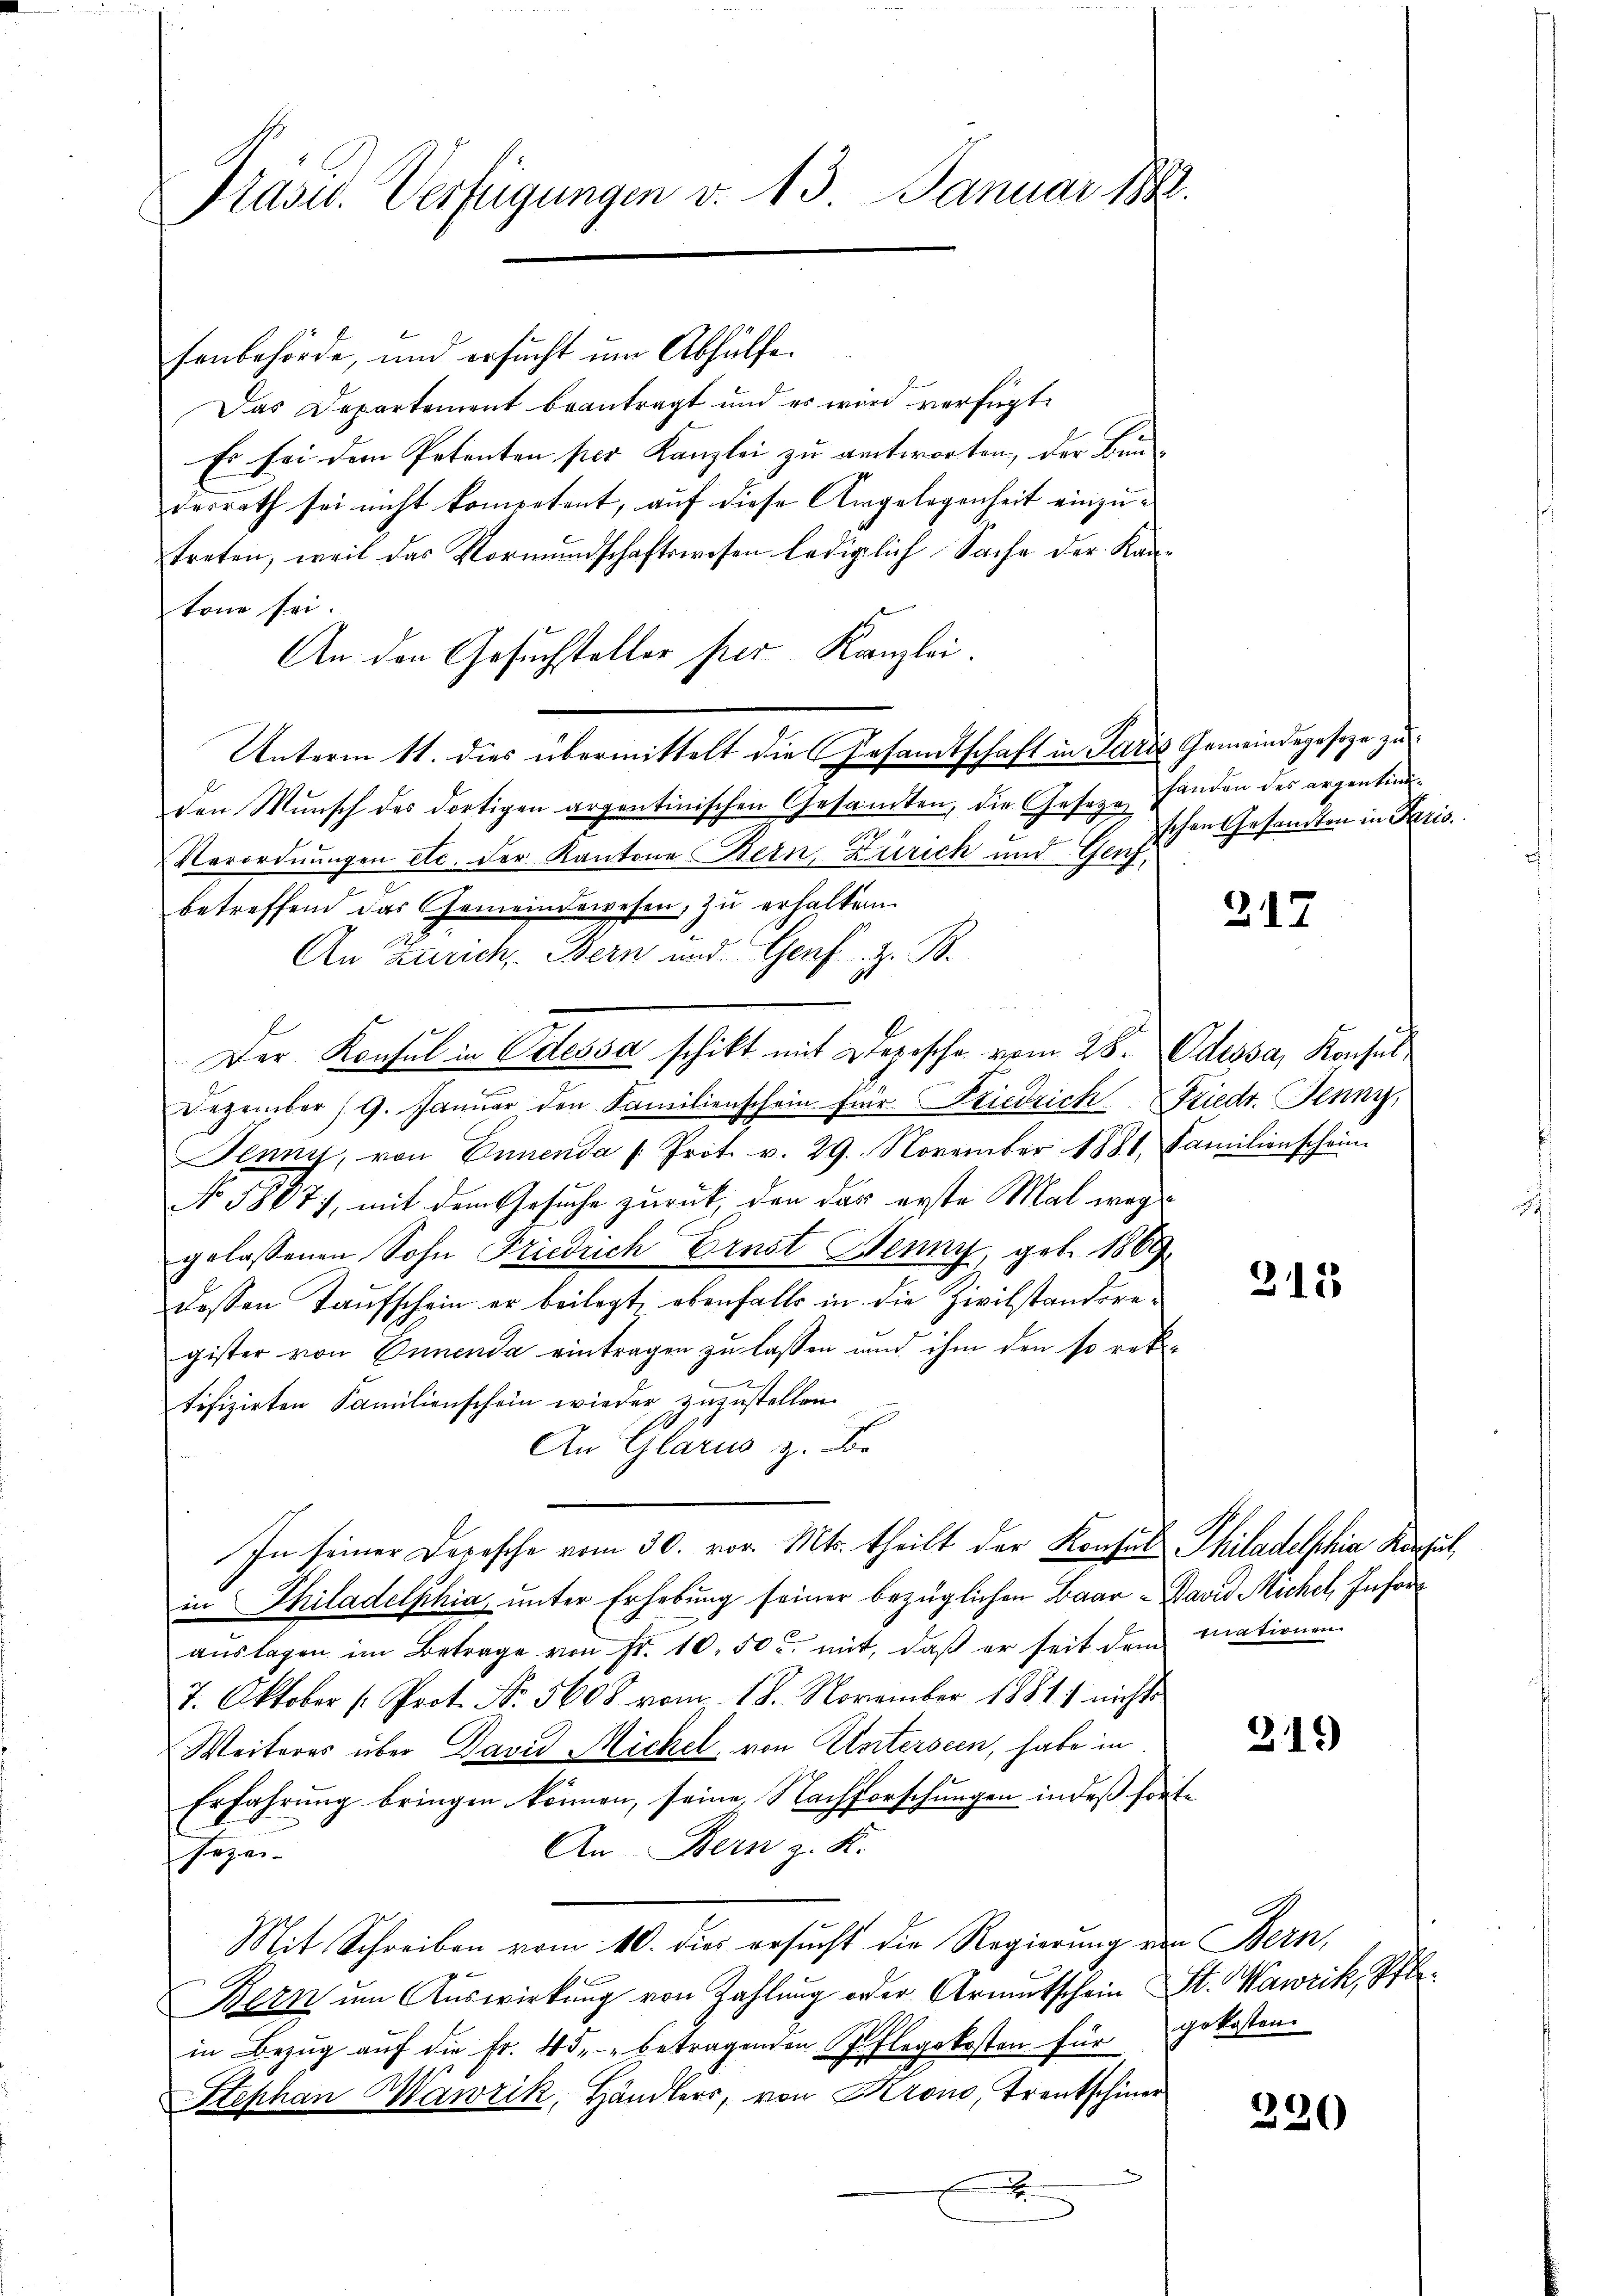
Präsid. Verfügungen v. 13. Januar 188.

fenbehörde, und ersucht um Abhülfe.
Das Departement beantragt und es wird verfügt:
Es sei dem Petenten per Kanzlei zu antworten, der Bunderrath sei nicht kompetent, auf diese Angelegenheit einzutreten, weil das Vormundschaftswesen lediglich Sache der Kantone sei.
An den Gesuchsteller per Kanzlei.
Unterm 11. dies übermittelt die Gesamtschaft in Paris Gemeindegeseze zu
den Wunsch des dortigen argentinischen Gesamten, die Geseze Handen des argentin¬
Verordnungen etc. der Kantone Bern Zürich und Genf,
betreffend das Gemeindewesen, zŭ erhalter
An Zürich, Bern und Genf z. B.
Der Konsul in Odessa schikt mit Depesche vom 28. Odessa, Konsul
Dezember (9. Janŭar den Familienschein für Friedrich Friedr. Jenny,
Jenny, von Ennenda /: Prot. v. 29. November 1881, Familienschein
No 5807), mit dem Gesuche zurück, den das erste Mal wege
gelassenen Sohn Friedrich Ernst Henny, geb. 1869
dessen Taufschein er beilegt, ebenfalls in die Zivilstandsregister von Ennenda eintragen zu lassen und ihm den so rektifizirten Familienschein wieder zuzustellen.
An Glarus z. Be
In seiner Depesche vom 30. vor. Mts. theilt der Konsul Philadelphia Korpul
in Philadelphia, unter Erhebung seiner bezüglichen Baar - David Michel, Infor
aŭslagen im Betrage von Fr. 10. 50 u. mit, daß er seit dem mationen
7. Oktober (Prot. No. 5608 vom 18. November 1881) nichts
Weiteres über David Michel, von Unterseen, habe in
Erfahrung bringen können, seine Nachforschungen indeß fort¬
An Bern z. K.
segen
Mit Schreiben vom 10. dies ersucht die Regierung von Bern,
Bern ŭm Aŭswirkŭng von Zahlŭng oder Armutschein St. Wawrik, Stain Bezŭg aŭf die fr. 45. betragenden Pflegekosten für gekosten.
Stephan Mawzik, Händlers, von Krono, Trentschiner
x

schen Gesamten in Paris

217

213

319)

e

220